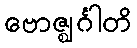
ဗောဇ္ဈင်္ဂါတိ